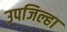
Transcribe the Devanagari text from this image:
उपजिल्हा